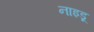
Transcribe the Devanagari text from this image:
नाइडू